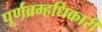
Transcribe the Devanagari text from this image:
पूर्णब्रम्हधिकारी